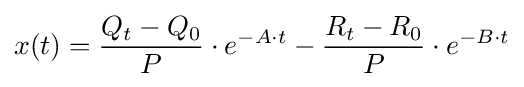
x(t)={\frac {Q_{t}-Q_{0}}{P}}\cdot e^{-A\cdot t}-{\frac {R_{t}-R_{0}}{P}}\cdot e^{-B\cdot t}